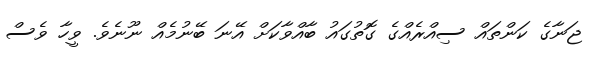
ޖަނާގެ ކަންތައް ސިއްރެއްގެ ގޮތުގައު ބާއްވާކަށް އޭނަ ބޭނުމެއް ނޫނެވެ. ވީހާ ވެސް